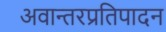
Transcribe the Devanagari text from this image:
अवान्तरप्रतिपादन